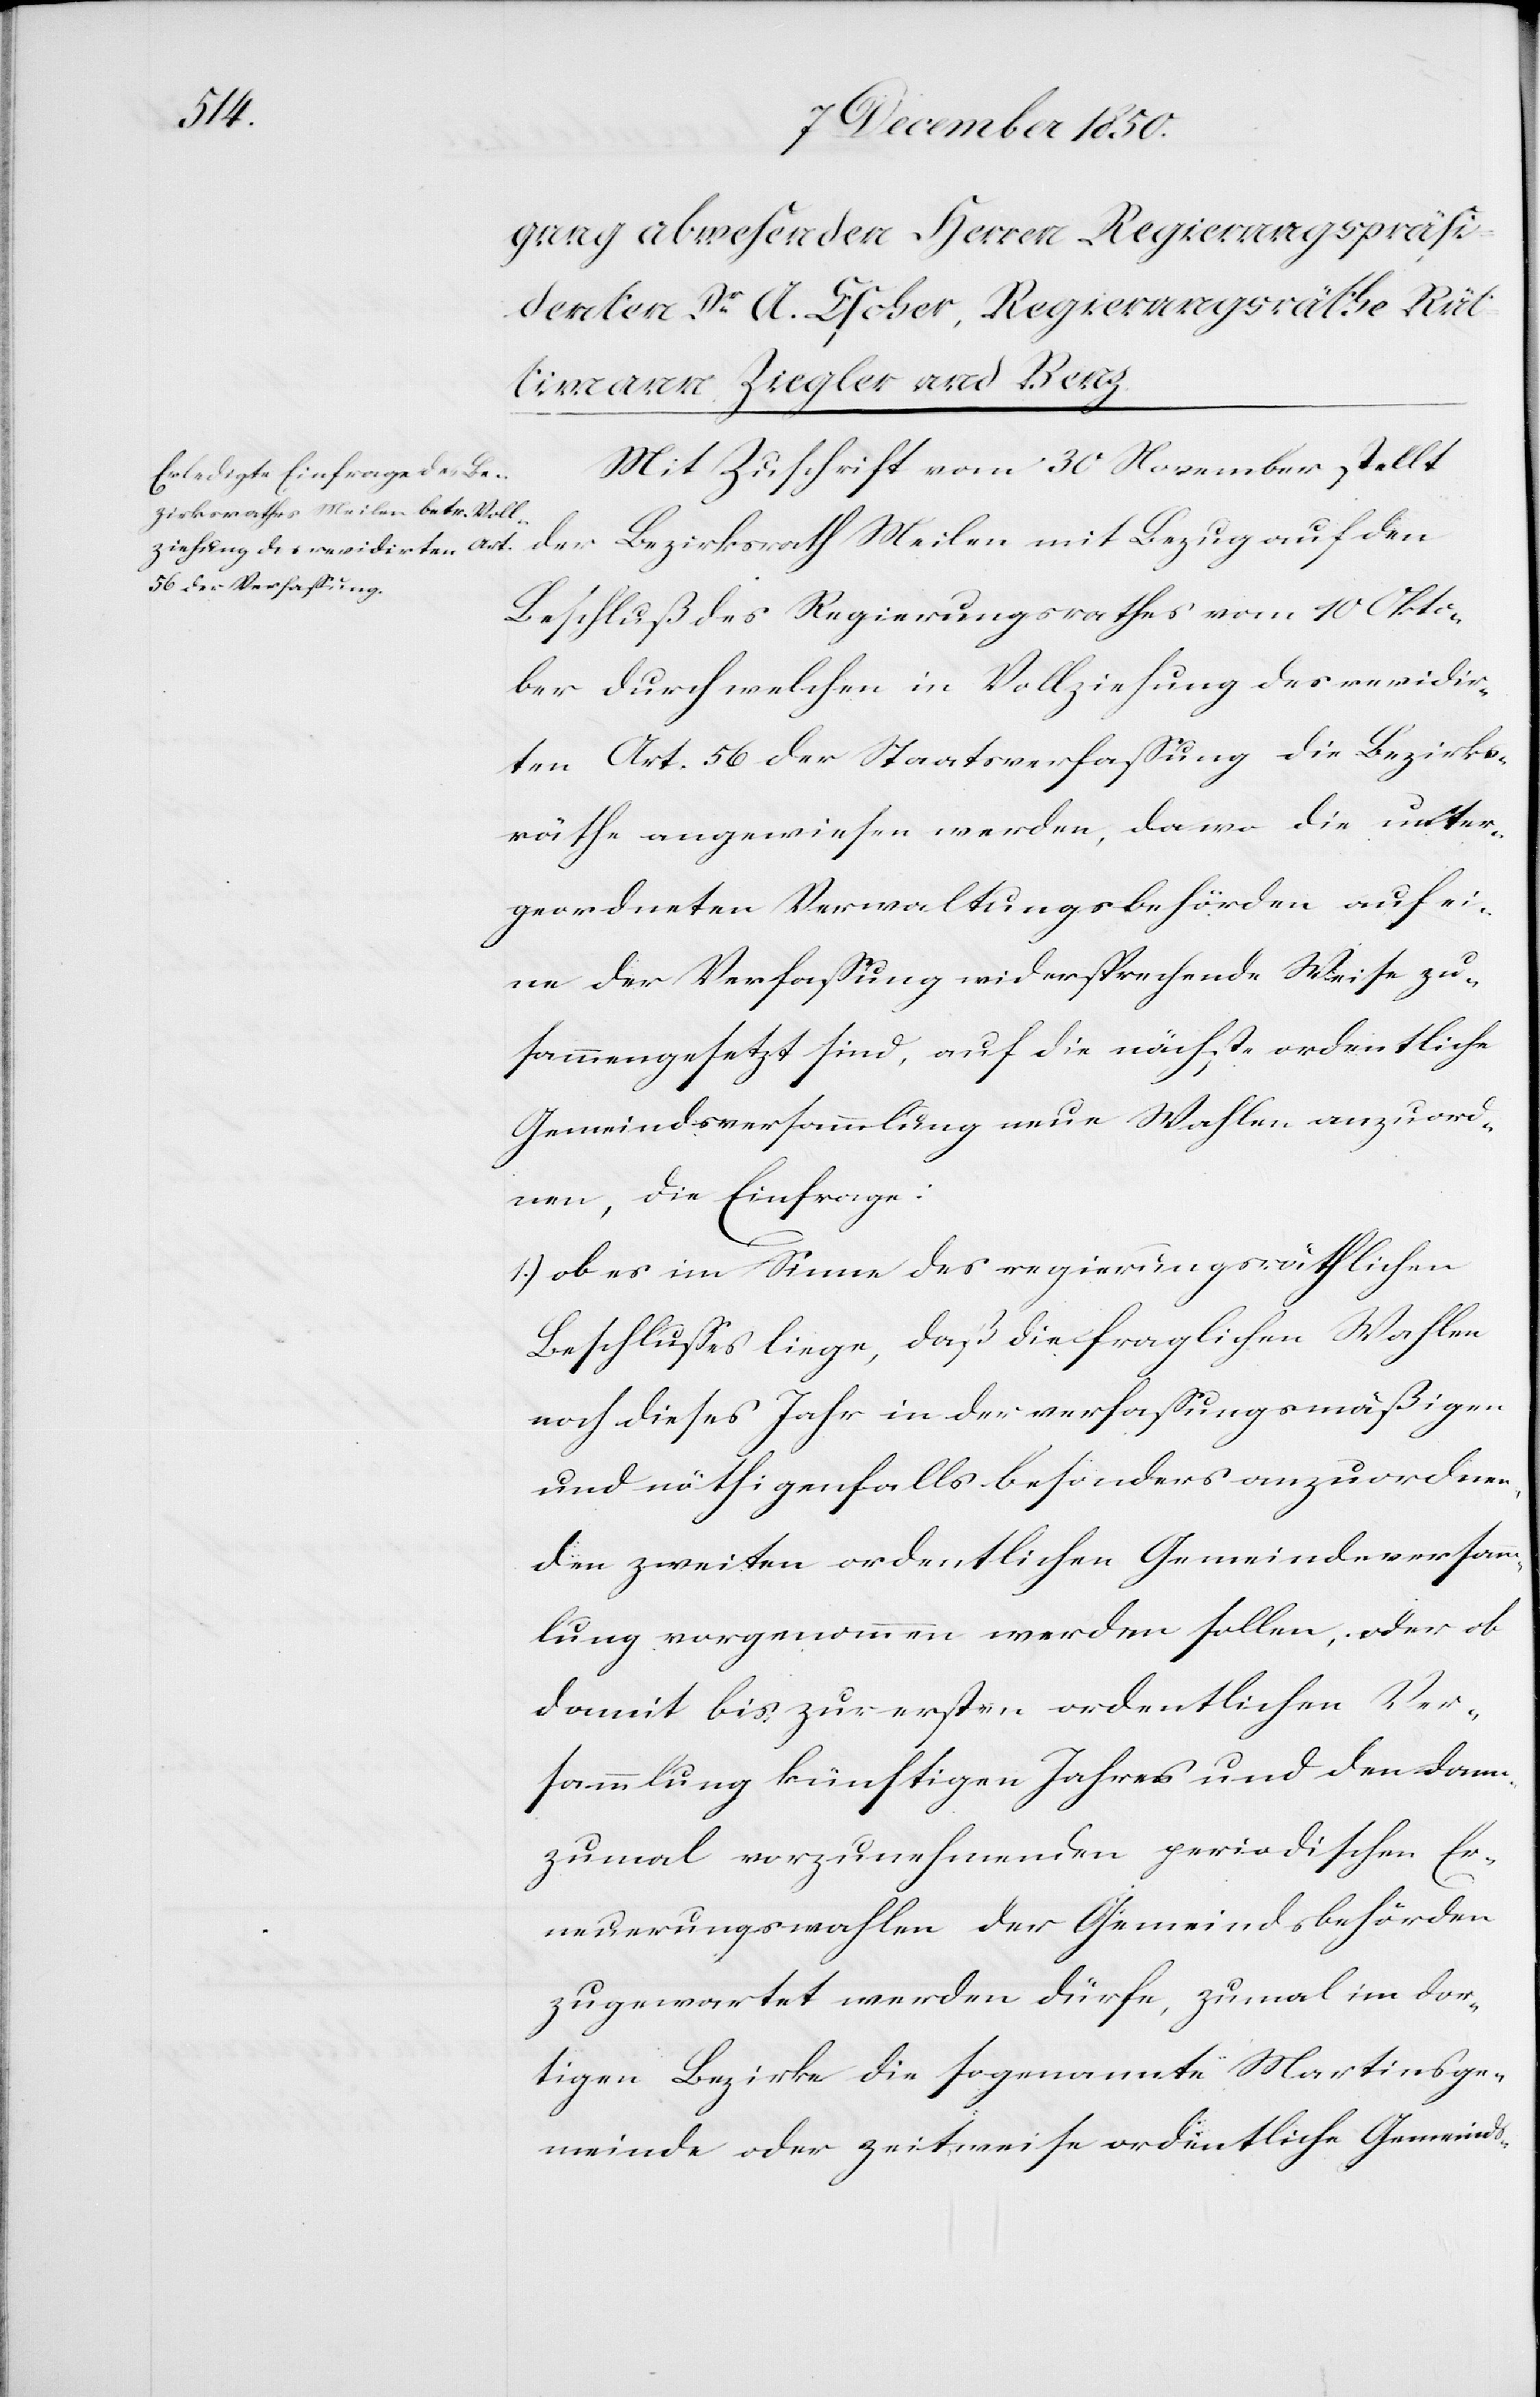
Mit Zuschrift vom 30 November stellt
der Bezirksrath Meilen mit Bezug auf den
Beschluß des Regierungsrathes vom 10 Okto¬
ber durch welchen in Vollziehung des revidir¬
ten Art. 56 der Staatsverfassung die Bezirks¬
räthe angewiesen werden, da wo die unter¬
geordneten Verwaltungsbehörden auf ei¬
ne der Verfassung widersprechende Weise zu¬
sammengesetzt sind, auf die nächste ordentliche
Gemeindsversammlung neue Wahlen anzuord¬
nen, die Einfrage:
1.) ob es im Sinne des regierungsräthlichen
Beschlusses liege, daß die fraglichen Wahlen
noch dieses Jahr in der verfassungsmäßigen
und nöthigenfalls besonders anzuordnen¬
den zweiten ordentlichen Gemeindeversamm¬
lung vorgenommen werden sollen, oder ob
damit bis zur ersten ordentlichen Ver¬
sammlung künftigen Jahres und den dann¬
zumal vorzunehmenden periodischen Er¬
neuerungswahlen der Gemeindsbehörden
zugewartet werden dürfe, zumal im dor¬
tigen Bezirke die sogenannte Martinsge¬
meinde oder zeitweise ordentliche Gemeinds-